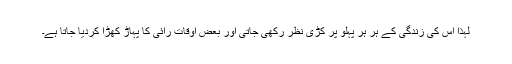
لہٰذا اس کی زندگی کے ہر ہر پہلو پر کڑی نظر رکھی جاتی اور بعض اوقات رائی کا پہاڑ کھڑا کردیا جاتا ہے۔